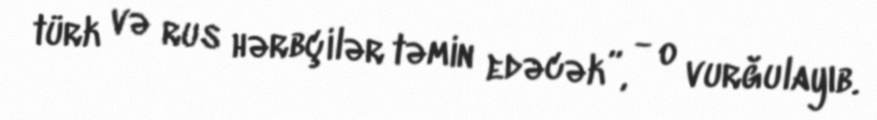
türk və rus hərbçilər təmin edəcək”, - o vurğulayıb.